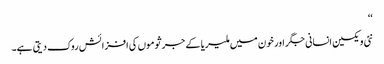
‘‘
نئی ویکسین انسانی جگر اور خون میں ملیریا کے جرثوموں کی افزائش روک دیتی ہے۔